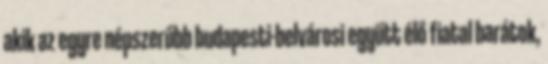
akik az egyre népszerűbb budapesti-belvárosi együtt élő fiatal barátok,